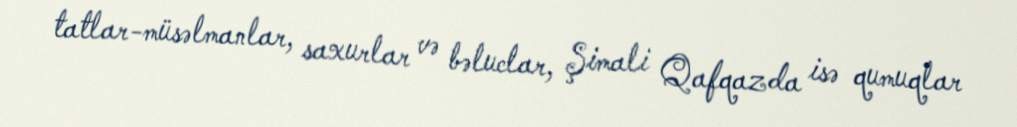
tatlar-müsəlmanlar, saxurlar və bəluclar, Şimali Qafqazda isə qumuqlar